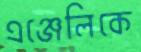
এঞ্জেলিকে